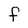
Character: F